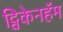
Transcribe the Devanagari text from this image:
ट्विकेनहॅम